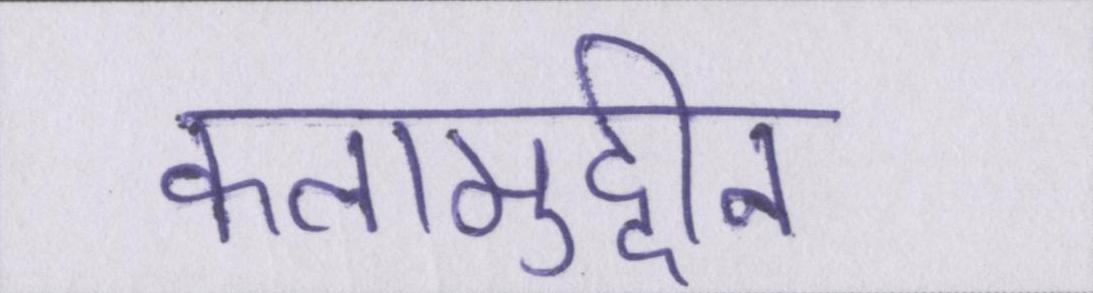
कलामुद्दीन